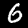
Digit: 6